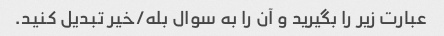
عبارت زیر را بگیرید و آن را به سوال بله/خیر تبدیل کنید.